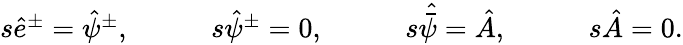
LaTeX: \begin{array}{llll}{{s\hat{e}^{\pm}=\hat{\psi}^{\pm},\quad}}&{{\quad s\hat{\psi}^{\pm}=0,\quad}}&{{\quad s\skew 5\hat{\bar{\psi}}=\hat{A},\quad}}&{{\quad s\hat{A}=0.}}\end{array}